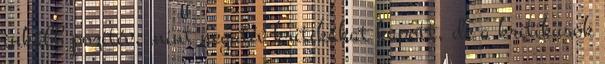
inkább pozitív, mint negatív kritikákat kapott, de a kritikusok